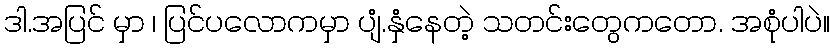
ဒါ.အပြင် မှာ ၊ ပြင်ပလောကမှာ ပျံ.နှံနေတဲ့ သတင်းတွေကတော. အစုံပါပဲ။